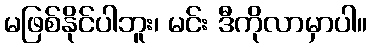
မဖြစ်နိုင်ပါဘူး၊ မင်း ဒီကိုလာမှာပါ။